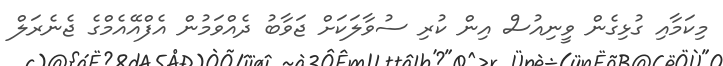
މިކަމާއި ގުޅިގެން ވީނިއުސް އިން ކުރި ސުވާލަކަށް ޖަވާބު ދެއްވަމުން އެފްއޭއެމްގެ ޖެނެރަލް